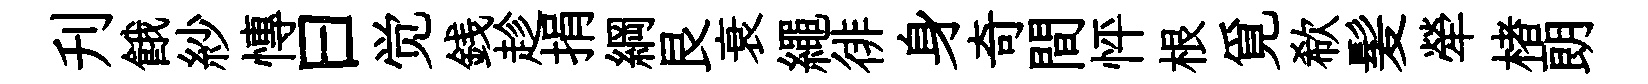
刋餓紗慱曰觉銭趁捐綱艮衰繩徘身奇間怦根覓欷髪犖楮朗